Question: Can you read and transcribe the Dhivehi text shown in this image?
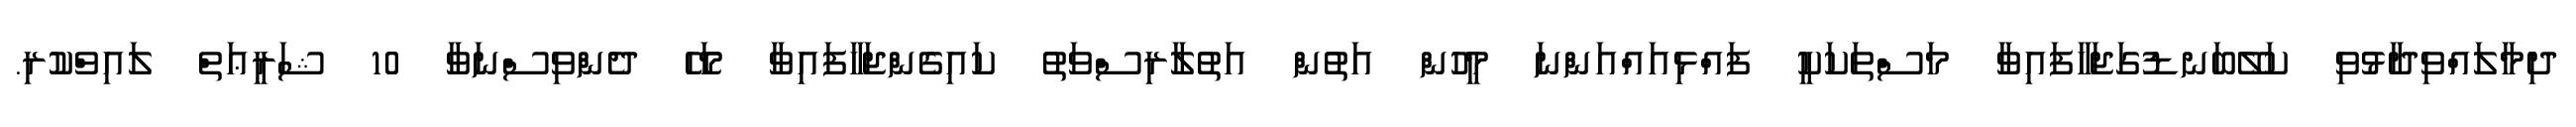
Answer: ދިމާލައްވިދާޅުވި ކަލޭބަނޑުގަޖަހާފައިވާ މަސްތަކަކީ ފައްޅިއައްއަންނަ މީހުން އަތުން އަތުލާރިސްވަތު ކައިގެންޖަހާފައިވާ މަހޭ ދެންވިސްނަވާ 10 ޝަރީޢަތް ލައިވްކުރި.